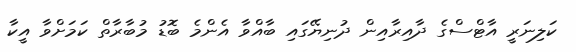
ކަލިނަރީ އާޓްސްގެ ދާއިރާއިން ދުނިޔޭގައި ބާއްވާ އެންމެ ބޮޑު މުބާރާތް ކަމަށްވާ އީކާ